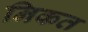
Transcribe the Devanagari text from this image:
निकत